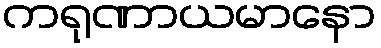
ကရုဏာယမာနော